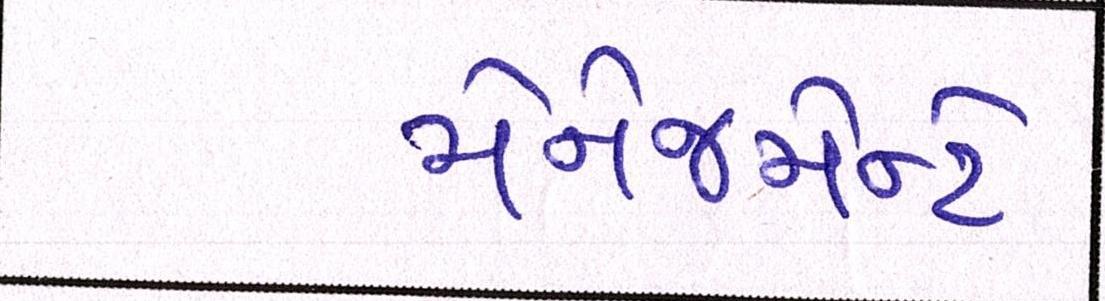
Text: મેનેજમેન્ટે